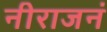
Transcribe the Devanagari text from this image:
नीराजनं